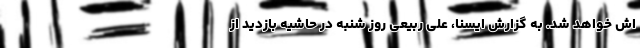
اش خواهد شد. به گزارش ایسنا، علی ربیعی روز شنبه در حاشیه بازدید از